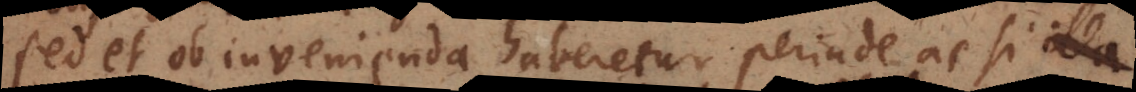
sed et ob invenienda haberetur perinde ac si illa